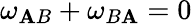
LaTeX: \omega_{\mathbf{A}B}+\omega_{B\mathbf{A}}=0